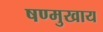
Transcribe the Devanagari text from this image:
षण्मुखाय